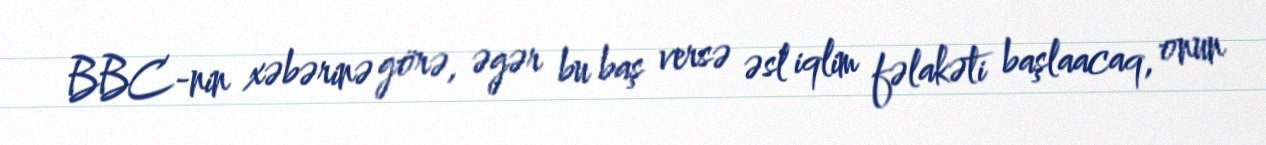
BBC-nin xəbərinə görə, əgər bu baş versə əsl iqlim fəlakəti başlaacaq, onun